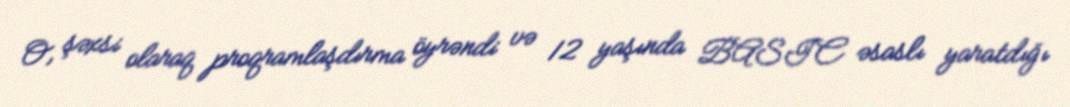
O, şəxsi olaraq proqramlaşdırma öyrəndi və 12 yaşında BASIC əsaslı yaratdığı